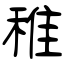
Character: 稚